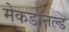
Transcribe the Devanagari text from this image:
मेकडॉनल्ड